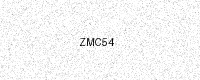
Text: ZMC54